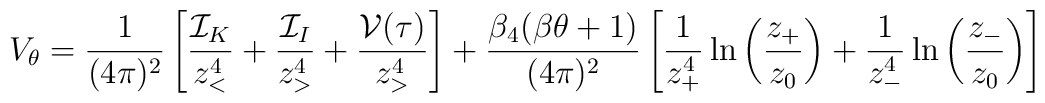
V_\theta={1\over (4\pi)^2}    \left[{{\cal I}_ K \over z_<^4}+ {{\cal I}_I\over z_>^4} +    {{\cal V}(\tau)\over z_>^4}\right]    + {\beta_4 (\beta\theta +1) \over (4\pi)^{2}}    \left[{1\over z_+^4} \ln\left({z_+\over z_0}\right) +{1\over z_-^4 }    \ln\left({z_-\over z_0}\right)\right]